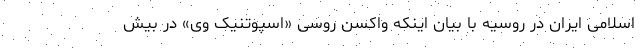
اسلامی ایران در روسیه با بیان اینکه واکسن روسی «اسپوتنیک وی» در بیش